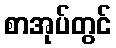
စာအုပ်တွင်